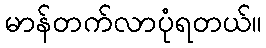
မာန်တက်လာပုံရတယ်။